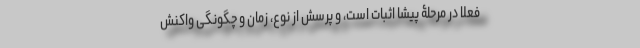
فعلاً در مرحلۀ پیشا اثبات است، و پرسش از نوع، زمان و چگونگیِ واکنشِ